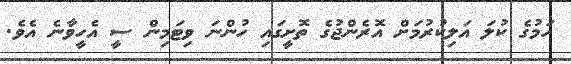
ހަމުގެ ކުލަ އަލިކުރުމަށް އޮރެންޖުގެ ތޮށީގައި ހުންނަ ވިޓަމިން ސީ އެހީވާނެ އެވެ.